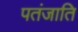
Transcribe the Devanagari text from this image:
पतंजाति